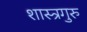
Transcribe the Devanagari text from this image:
शास्त्रगुरु